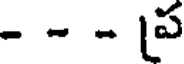
- - - ప